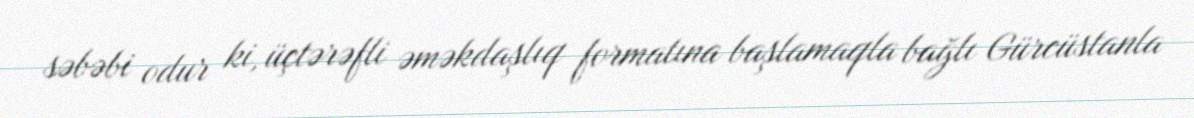
səbəbi odur ki, üçtərəfli əməkdaşlıq formatına başlamaqla bağlı Gürcüstanla